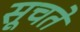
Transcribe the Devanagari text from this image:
सूचते